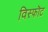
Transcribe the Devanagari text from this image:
विस्फॊट